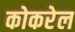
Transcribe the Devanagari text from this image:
कोकरेल